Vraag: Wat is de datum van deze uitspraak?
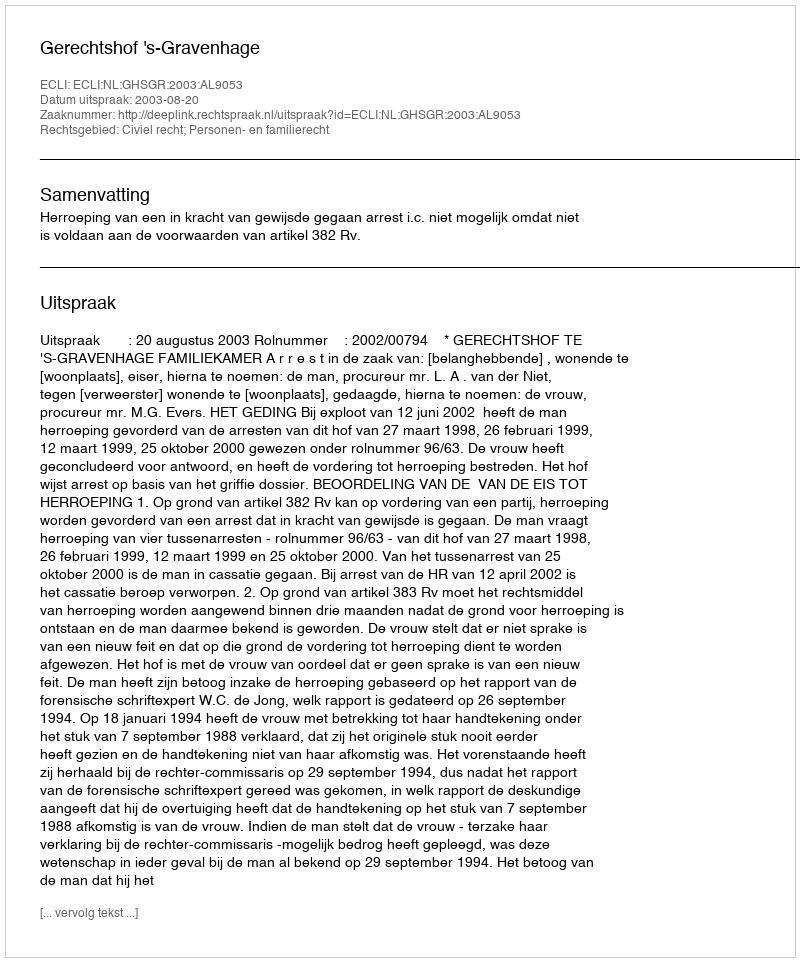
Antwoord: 2003-08-20